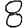
Digit: 8